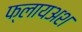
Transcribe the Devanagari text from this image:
फ्लायअश